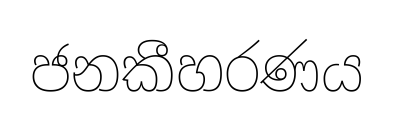
ජනකීහරණය